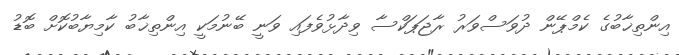
އިންތިޚާބުގެ ކެމްޕޭން ދުވަސްވަރު ރާޖަޕަކްސާ ވިދާޅުވެފައި ވަނީ ބޭނުމަކީ އިންތިޚާބު ކާމިޔާބުކޮށް ބޮޑު